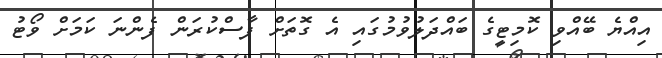
އިއްޔެ ބޭއްވި ކޮމިޓީގެ ބައްދަލުވުމުގައި އެ ގޮތަށް ފާސްކުރަން ފެންނަ ކަމަށް ވޯޓު